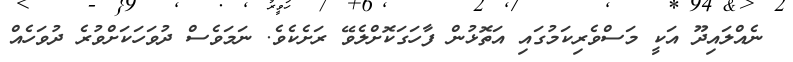
ނެއްލައިދޫ އަކީ މަސްވެރިކަމުގައި އަތޮޅުން ފާހަގަކޮށްލެވޭ ރަށެކެވެ. ނަމަވެސް ދުވަހަކަށްވުރެ ދުވަހެއް